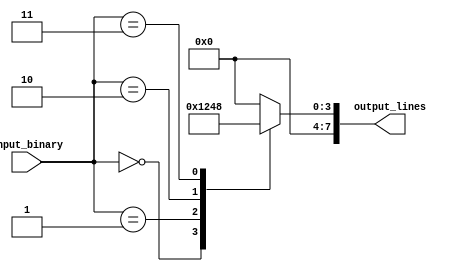
module Decoder #(
  parameter N = 3 // Number of input lines
)(
  input [N-1:0] input_binary,
  output reg [(2**N)-1:0] output_lines
);

always @ (*) begin
  case(input_binary)
    0: output_lines <= 1; // Select output line 0
    1: output_lines <= 2; // Select output line 1
    2: output_lines <= 4; // Select output line 2
    3: output_lines <= 8; // Select output line 3
    // Continue with additional cases for larger N
    default: output_lines <= 0; // Set all output lines to low by default
  endcase
end

endmodule